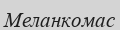
Меланкомас